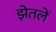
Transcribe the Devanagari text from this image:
झेतलें